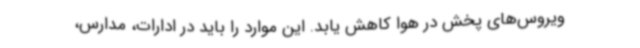
ویروس‌های پخش در هوا کاهش یابد. این موارد را باید در ادارات، مدارس،